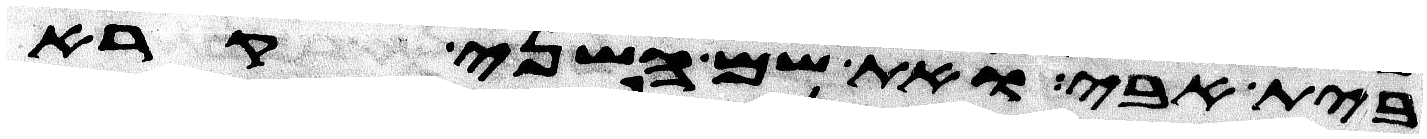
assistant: בית אבי ואת שם השני קרא